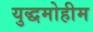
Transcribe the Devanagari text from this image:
युद्धमोहीम